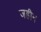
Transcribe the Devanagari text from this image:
जहीन